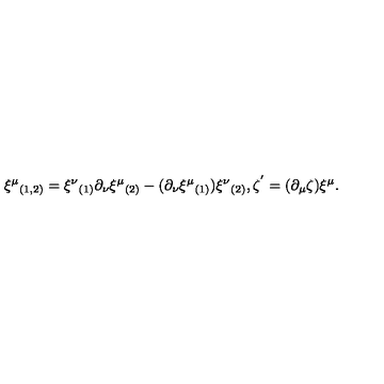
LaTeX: \xi ^ { \mu } { } _ { ( 1 , 2 ) } = \xi ^ { \nu } { } _ { ( 1 ) } \partial _ { \nu } \xi ^ { \mu } { } _ { ( 2 ) } - ( \partial _ { \nu } \xi ^ { \mu } { } _ { ( 1 ) } ) \xi ^ { \nu } { } _ { ( 2 ) } , \zeta ^ { ' } = ( \partial _ { \mu } \zeta ) \xi ^ { \mu } . \nonumber